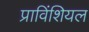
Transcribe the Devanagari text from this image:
प्राविंशियल